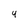
Character: 4